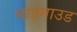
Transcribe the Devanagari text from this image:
माड़माउड